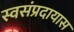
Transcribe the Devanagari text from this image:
स्वसंप्रदायास